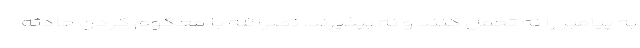
به پیامبر را نه تحمل کنند و نه بپذیرند. نصرالله با محکوم کردن حادثه